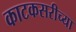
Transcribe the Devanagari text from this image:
काटकसरीच्या